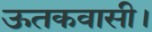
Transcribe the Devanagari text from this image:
ऊतकवासी।